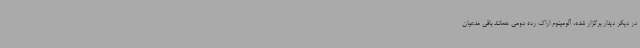
در دیگر دیدار برگزار شده، آلومینوم اراک رده دومی همانند باقی مدعیان